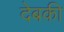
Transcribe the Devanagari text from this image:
देबकी